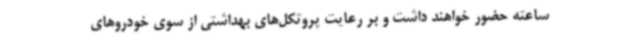
ساعته حضور خواهند داشت و بر رعایت پروتکل‌های بهداشتی از سوی خودروهای